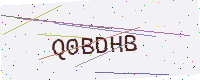
Text: Q0BDHB